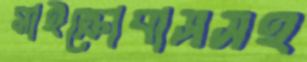
মাইক্রোবাসসহ